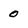
Character: o